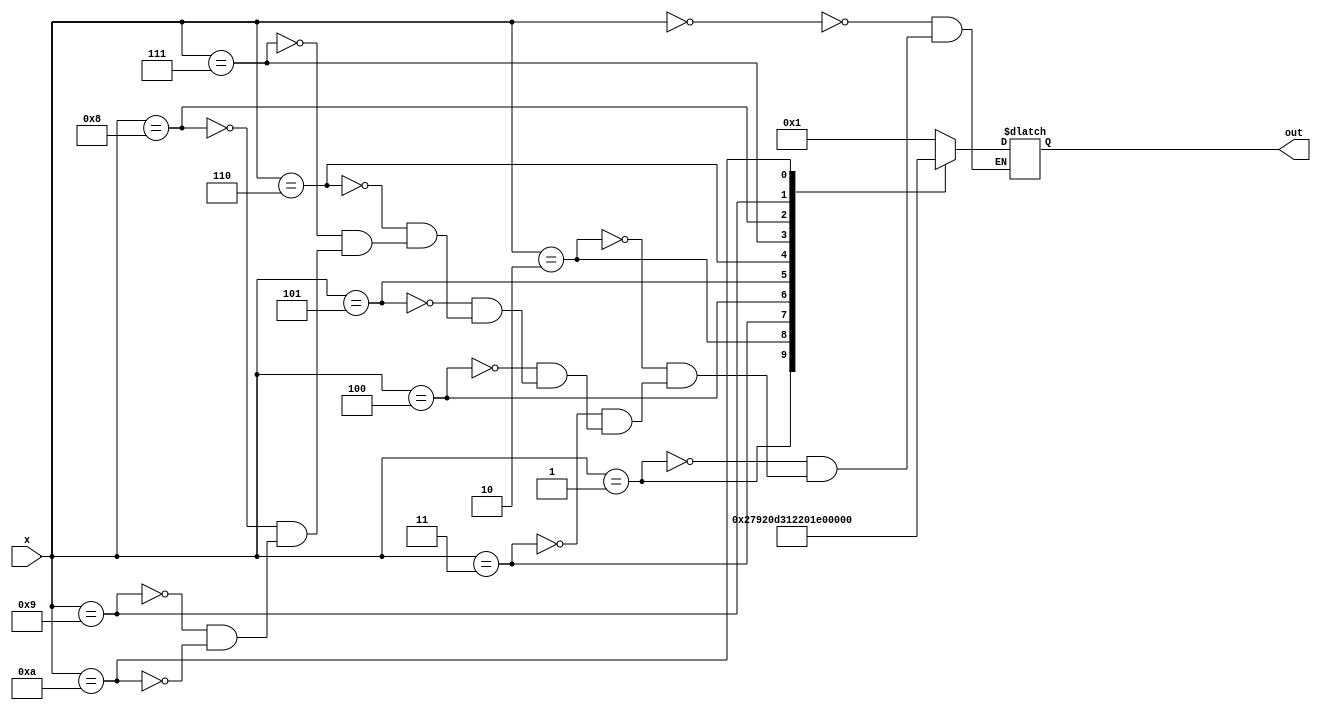
  module ssdproced (x, out);
input [3:0] x;

output reg [6:0] out;

// procedural

always @(*) begin 

case(x)

0: out = 7'b0000_001;
1: out = 7'b1001_111;
2: out = 7'b0010_010;
3: out = 7'b0000_110;
4: out = 7'b1001_100;
5: out = 7'b0100_100;
6: out = 7'b0100_000;
7: out = 7'b0001_111;
8: out = 7'b0000_000;
9: out = 7'b0000_100;
10: out = 7'b1111_110; // negative sign
/*4'h10: out = 7'b0001_000;
4'hb: out = 7'b1100_001;
4'hc: out = 7'b0110_001;
4'hd: out = 7'b1000_010;
4'he: out = 7'b0110_000;*/
//default: out = 7'b0111_000;
endcase


end

endmodule